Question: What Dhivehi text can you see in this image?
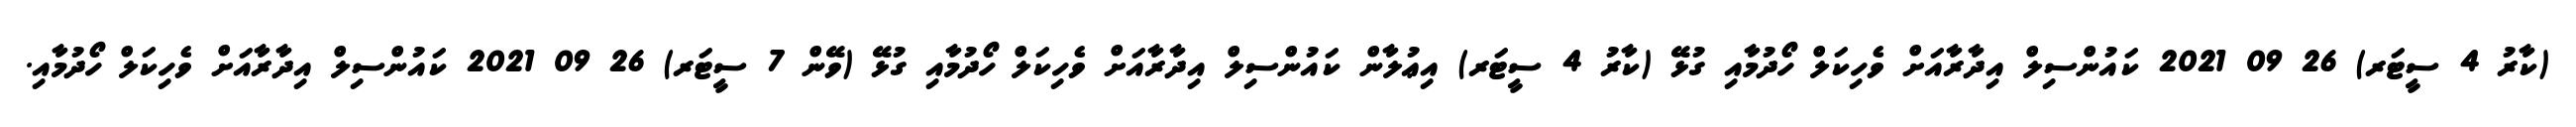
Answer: (ކާރު 4 ސީޓަރ) 26 09 2021 ކައުންސިލް އިދާރާއަށް ވެހިކަލް ހޯދުމާއި ގުޅޭ (ކާރު 4 ސީޓަރ) އިޢުލާން ކައުންސިލް އިދާރާއަށް ވެހިކަލް ހޯދުމާއި ގުޅޭ (ވޭން 7 ސީޓަރ) 26 09 2021 ކައުންސިލް އިދާރާއަށް ވެހިކަލް ހޯދުމާއި.